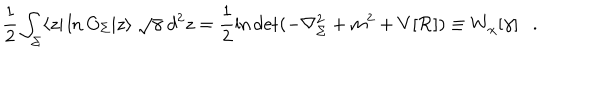
LaTeX: \frac 1 2 \int _ { \Sigma } \langle z | \ln O _ { \Sigma } | z \rangle ~ \sqrt { \gamma } ~ d ^ { 2 } z = \frac 1 2 \ln \det ( - \nabla _ { \Sigma } ^ { 2 } + m ^ { 2 } + V [ { \cal R } ] ) \equiv W _ { \chi } [ \gamma ] .